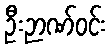
ဦးဉာဏ်ဝင်း